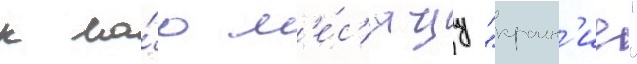
к ма́ю м'е́с'яцу "краин'ие"